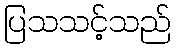
ပြသသင့်သည်